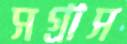
সগ্রাস